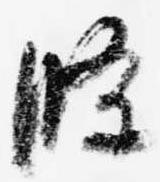
条